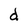
Character: d